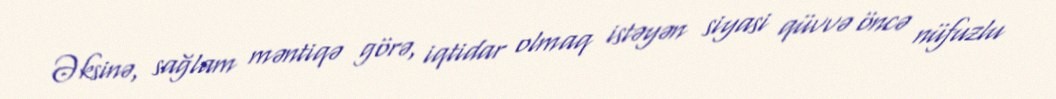
Əksinə, sağlam məntiqə görə, iqtidar olmaq istəyən siyasi qüvvə öncə nüfuzlu